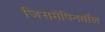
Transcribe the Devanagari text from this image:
जिसमेंपिनबॉल